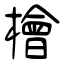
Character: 檜